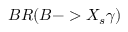
B R ( B - > X _ { s } \gamma )